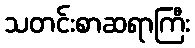
သတင်းစာဆရာကြီး